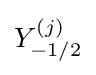
Y_{-1/2}^{(j)}